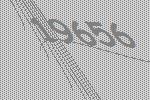
19656